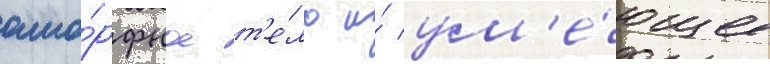
амо́рфное т'е́ло и́ ум'е́ющее